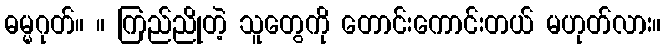
ဓမ္မဂုတ်။ ။ ကြည်ညိုတဲ့ သူတွေကို တောင်းကောင်းတယ် မဟုတ်လား။